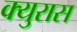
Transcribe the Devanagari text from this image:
क्युरास